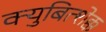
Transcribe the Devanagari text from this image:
क्युबित्शेक्क